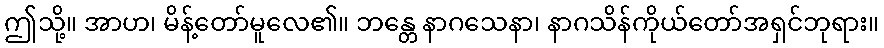
ဤသို့။ အာဟ၊ မိန့်တော်မူလေ၏။ ဘန္တေ နာဂသေနာ၊ နာဂသိန်ကိုယ်တော်အရှင်ဘုရား။